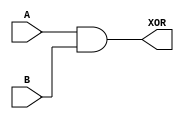
module XOR_gate(
    input A, B,
    output XOR
);

wire NAND_out, INV_out;

// NAND gate design
assign NAND_out = ~(A & B);

// Inverter gate design
assign INV_out = ~NAND_out;

// XOR gate output
assign XOR = INV_out;

endmodule